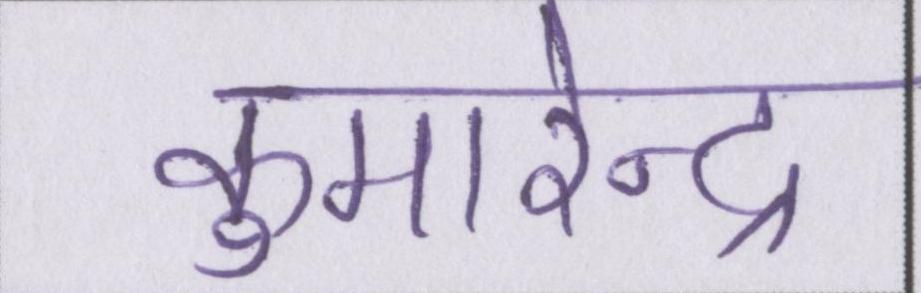
कुमारेन्द्र